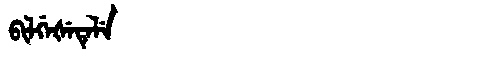
Manchu: ᠪᡳᠯᡤᡝᡧᡝᡨᡝᠯᡝ
Romanization: BILGEŠETELE